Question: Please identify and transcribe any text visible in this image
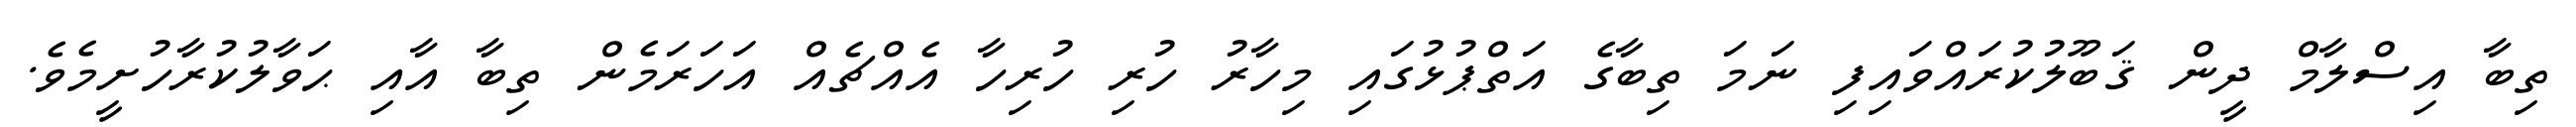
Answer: ތިބާ އިސްލާމް ދީން ޤަބޫލުކުރައްވައިފި ނަމަ ތިބާގެ އަތްޕުޅުގައި މިހާރު ހުރި ހުރިހާ އެއްޗެއް އަހަރަމެން ތިބާ އާއި ޙަވާލުކުރާހުށީމެވެ.